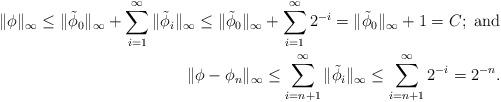
LaTeX: \begin{align*}\| \phi\|_{\infty} \leq \| \tilde{\phi}_0\|_{\infty} + \sum_{i=1}^{\infty}\|\tilde{\phi}_i\|_{\infty} \leq \|\tilde{\phi}_0\|_{\infty} + \sum_{i=1}^{\infty}2^{-i} = \|\tilde{\phi}_0\|_{\infty} + 1 = C;\ \textrm{and}\\ \|\phi- \phi_n\|_{\infty} \leq \sum_{i=n+1}^{\infty} \|\tilde{\phi}_i\|_{\infty} \leq \sum_{i = n+1}^{\infty}2^{-i} = 2^{-n}.\end{align*}